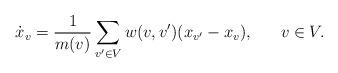
LaTeX: \begin{align*} \dot{x}_v = \frac{1}{m(v)}\sum_{v' \in V} w(v,v')(x_{v'} - x_v),\ \ \ \ \ v\in V.\end{align*}